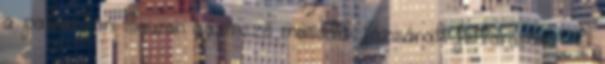
a pakisztáni Sawan gázmező második fázisának feltárására . A